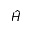
\hat { H }